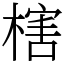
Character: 㮫